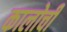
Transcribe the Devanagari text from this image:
कालोची